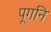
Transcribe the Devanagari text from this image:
पूगनि